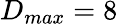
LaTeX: D_{max}=8